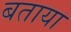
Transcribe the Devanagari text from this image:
बताया